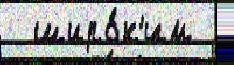
  широ́к'им